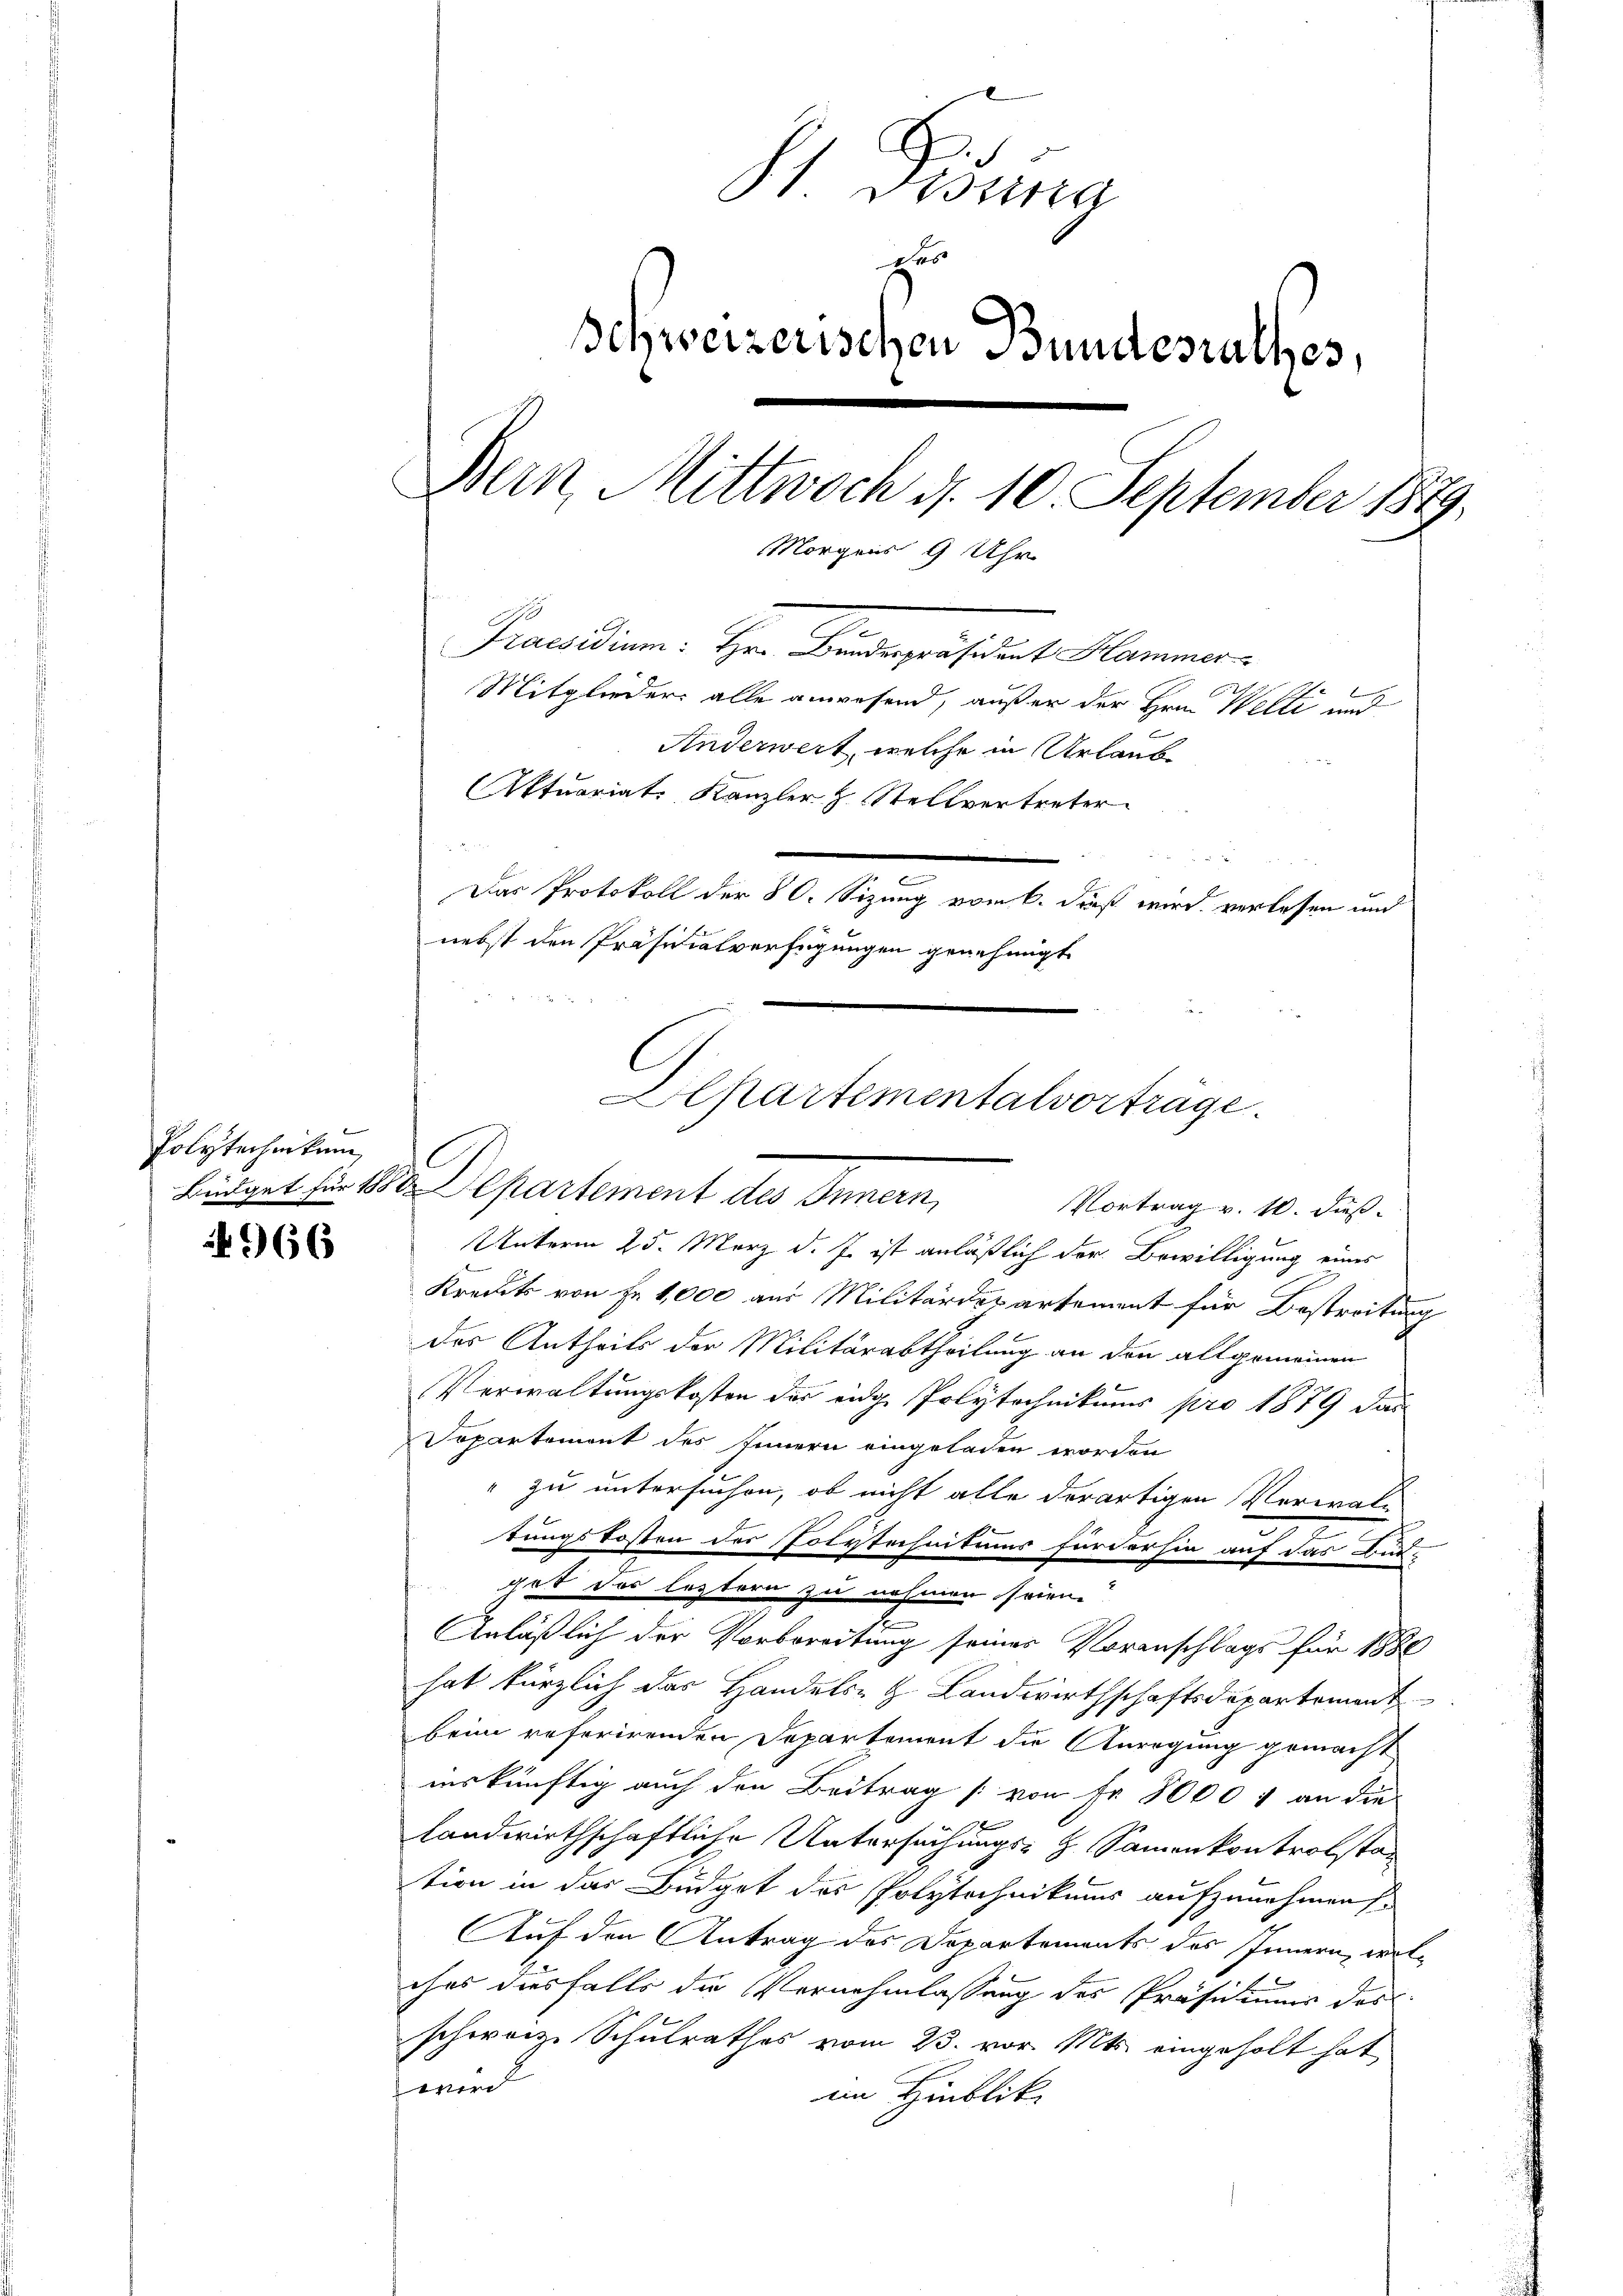
Polytechnikum

966

St. Gesung
Das
Schweizerischen Bundesrathes,
Bern, Mittwoch d. 10. September 1879.
Morg
is 9 Uhr
Praesidium: Herr Bindepräsideat Klammen.
Mitglieder alle anwesend, außer der Hrn. Welti und
Anderwert, welche in Urlaub
Aktuariat Kanzler z. Stellvertreter
.
Das Protokoll der 80. Sizung vom 6. dieß wird verlesen und
nebst den Präsidialverfügungen genehmigt.

Departementalvorträge.
C
Büdget für 1880 Departement des Innern,
Vortrag v. 10. dieß.

Unterm 25. März d. J. ist anläßlich der Bewilligung eines
Kreut von Fr. 1,000 aus Militärdepartement für Bestreitung
des Antheils der Militärabtheilung an den allgemeinen
Verwaltungskosten des eidg. Polytechnikums pro 1879 das
Dopartement des Innern eingeladen worden
" zu untersuchen, ob nicht alle derartigen Verwale
.
tungskosten der Polytechnitums fürderhin auf das Bud-
get das leztern zu nehmen seien.
e
Anläßlich der Vorbereitung seiner Voranschlags für 1880
hat kürzlich das Handels- & Landwirthschaftsdepartement
beim referirenden Departement die Anregung gemacht
inskünftig auch den Beitrag [von Fr. 8000 f an die
landwirthschaftliche Untersuchungs- H. Sammenkontrolstan
tion in das Büdget des Polytechnikums aufzunehmen.
Auf den Antrag des Departements des Innern, wolihes diesfalls die Vornehmlassung des Präsidiums des
schweize Schulrathes vom 23. vor. Mts. eingeholt hat
 wird
im Hinblick.